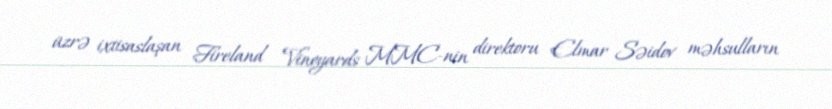
üzrə ixtisaslaşan Fireland Vineyards MMC-nin direktoru Elmar Səidov məhsulların